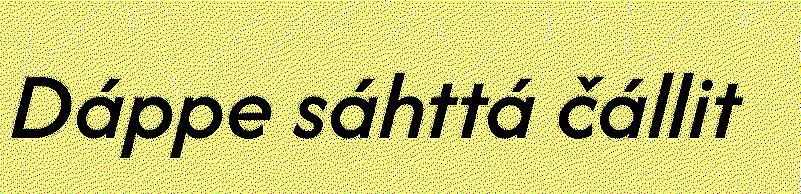
Dáppe sáhttá čállit